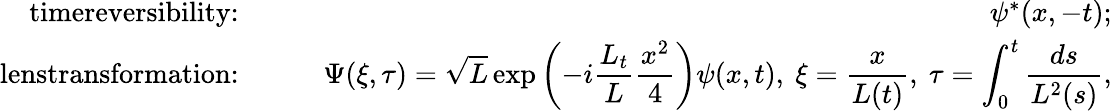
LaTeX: \begin{array}{rlr}{\textrm{timereversibility:}\quad}&{}&{\psi^{*}(x,-t);}\\ {\textrm{lenstransformation:\quad}}&{}&{\displaystyle\Psi(\xi,\tau)=\sqrt{L}\exp\left(-i\frac{L_{t}}{L}\frac{x^{2}}{4}\right)\psi(x,t),\ \xi=\frac{x}{L(t)},\ \tau=\int_{0}^{t}\frac{ds}{L^{2}(s)},}\end{array}